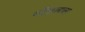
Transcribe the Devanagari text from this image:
गोंडलचा